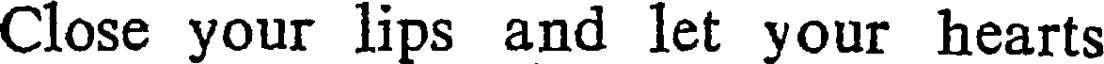
Close your lips and let your hearts